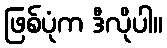
ဖြစ်ပုံက ဒီလိုပါ။